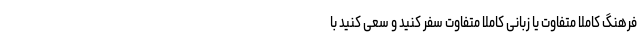
فرهنگ کاملاً متفاوت یا زبانی کاملاً متفاوت سفر کنید و سعی کنید با